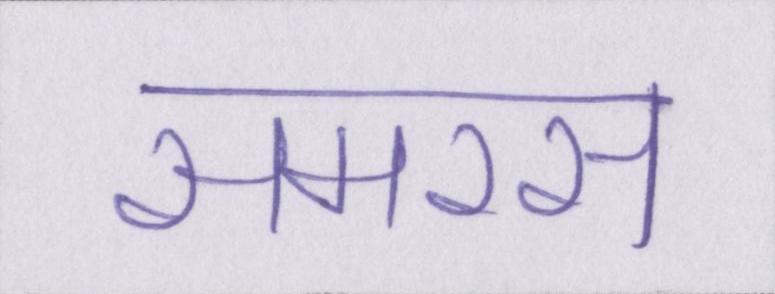
समरस